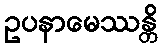
ဥပနာမေဿန္တိ